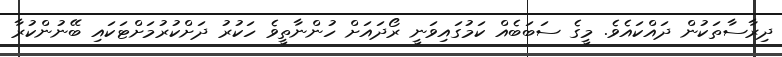
ދިރާސާތަކުން ދައްކައެވެ. މީގެ ސަބަބެއް ކަމުގައިވަނީ ރޯދައަށް ހުންނާތީވެ ހަކުރު ދަށްކުރުމަށްޓަކައި ބޭނުންކުރާ